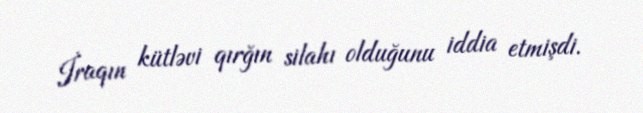
İraqın kütləvi qırğın silahı olduğunu iddia etmişdi.